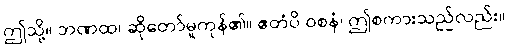
ဤသို့။ ဘဏထ၊ ဆိုတော်မူကုန်၏။ ဧတံပိ ဝစနံ၊ ဤစကားသည်လည်း။